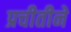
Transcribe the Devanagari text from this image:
प्रचीतीने